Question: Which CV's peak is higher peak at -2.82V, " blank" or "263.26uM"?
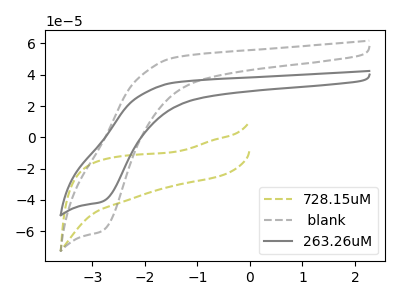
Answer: <think>The olive dashed curve "728.15uM" has no peaks. The gray dashed curve " blank" has a cathodic peak at: (-2.80V, -59.95uA). The gray curve "263.26uM" has a cathodic peak at: (-2.80V, -41.20uA).</think>
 <answer>The peak at -2.82V is higher in " blank" than in "263.26uM".</answer>
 <eval>higher</eval>